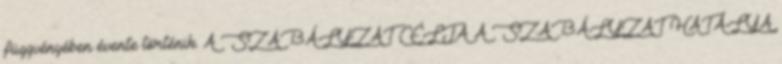
függvényében évente történik. A SZABÁLYZAT CÉLJA A SZABÁLYZAT HATÁLYA